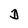
Character: D